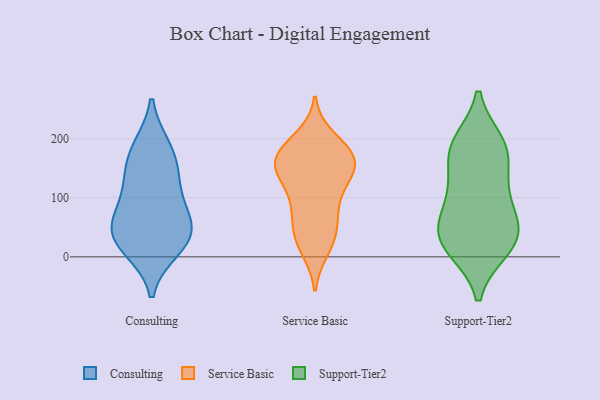
{"axis": {"x": "LTV (USD)", "y": "Value"}, "legend": ["Consulting", "Service Basic", "Support-Tier2"], "data": [{"x": "", "y": 29, "type": "Consulting"}, {"x": "", "y": 184, "type": "Consulting"}, {"x": "", "y": 133, "type": "Consulting"}, {"x": "", "y": 32, "type": "Consulting"}, {"x": "", "y": 75, "type": "Consulting"}, {"x": "", "y": 124, "type": "Consulting"}, {"x": "", "y": 175, "type": "Consulting"}, {"x": "", "y": 15, "type": "Consulting"}, {"x": "", "y": 45, "type": "Consulting"}, {"x": "", "y": 64, "type": "Consulting"}, {"x": "", "y": 139, "type": "Service Basic"}, {"x": "", "y": 147, "type": "Service Basic"}, {"x": "", "y": 76, "type": "Service Basic"}, {"x": "", "y": 158, "type": "Service Basic"}, {"x": "", "y": 200, "type": "Service Basic"}, {"x": "", "y": 146, "type": "Service Basic"}, {"x": "", "y": 175, "type": "Service Basic"}, {"x": "", "y": 34, "type": "Service Basic"}, {"x": "", "y": 14, "type": "Service Basic"}, {"x": "", "y": 184, "type": "Service Basic"}, {"x": "", "y": 159, "type": "Service Basic"}, {"x": "", "y": 99, "type": "Service Basic"}, {"x": "", "y": 171, "type": "Service Basic"}, {"x": "", "y": 25, "type": "Service Basic"}, {"x": "", "y": 174, "type": "Service Basic"}, {"x": "", "y": 78, "type": "Service Basic"}, {"x": "", "y": 49, "type": "Service Basic"}, {"x": "", "y": 124, "type": "Service Basic"}, {"x": "", "y": 14, "type": "Support-Tier2"}, {"x": "", "y": 182, "type": "Support-Tier2"}, {"x": "", "y": 117, "type": "Support-Tier2"}, {"x": "", "y": 186, "type": "Support-Tier2"}, {"x": "", "y": 48, "type": "Support-Tier2"}, {"x": "", "y": 16, "type": "Support-Tier2"}, {"x": "", "y": 85, "type": "Support-Tier2"}, {"x": "", "y": 192, "type": "Support-Tier2"}, {"x": "", "y": 48, "type": "Support-Tier2"}, {"x": "", "y": 175, "type": "Support-Tier2"}, {"x": "", "y": 44, "type": "Support-Tier2"}, {"x": "", "y": 25, "type": "Support-Tier2"}, {"x": "", "y": 117, "type": "Support-Tier2"}]}